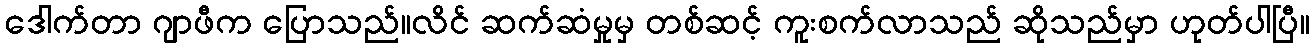
ဒေါက်တာ ဂျာဖီက ပြောသည်။လိင် ဆက်ဆံမှုမှ တစ်ဆင့် ကူးစက်လာသည် ဆိုသည်မှာ ဟုတ်ပါပြီ။